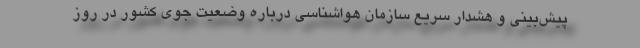
پیش‌بینی و هشدار سریع سازمان هواشناسی درباره وضعیت جوی کشور در روز